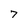
Character: 7